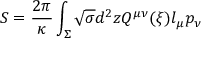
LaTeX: S = { \frac { 2 \pi } { \kappa } } \int _ { \Sigma } \sqrt { \sigma } d ^ { 2 } z Q ^ { \mu \nu } ( \xi ) l _ { \mu } p _ { \nu }